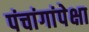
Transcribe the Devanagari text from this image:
पंचांगांपेक्षा